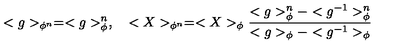
< g > _ { \phi ^ { n } } = < g > _ { \phi } ^ { n } , \quad < X > _ { \phi ^ { n } } = < X > _ { \phi } { \frac { < g > _ { \phi } ^ { n } - < g ^ { - 1 } > _ { \phi } ^ { n } } { < g > _ { \phi } - < g ^ { - 1 } > _ { \phi } } }